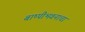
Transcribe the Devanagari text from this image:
बाष्पीभवनाचा